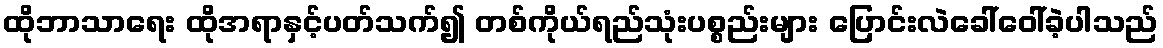
ထိုဘာသာရေး ထိုအရာနှင့်ပတ်သက်၍ တစ်ကိုယ်ရည်သုံးပစ္စည်းများ ပြောင်းလဲခေါ်ဝေါ်ခဲ့ပါသည်